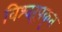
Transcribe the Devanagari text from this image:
विश्वरूपकृत